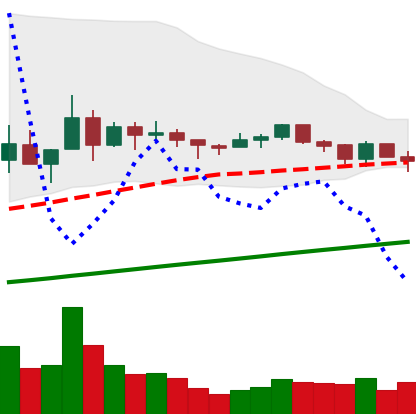
Ticker: XLM-USD
Chart end date: 2021-03-15
Forward return: 8.298%
Label: up_7plus